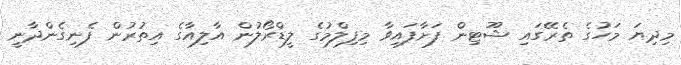
މިދިޔަ މަހުގެ ތެރޭގައި ޝޫޓިން ފަށާފައިވާ މިފިލްމުގެ ލީޑްރޯލުން އާލިއާގެ އިތުރުން ފެނިގެންދާނީ